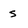
Character: s